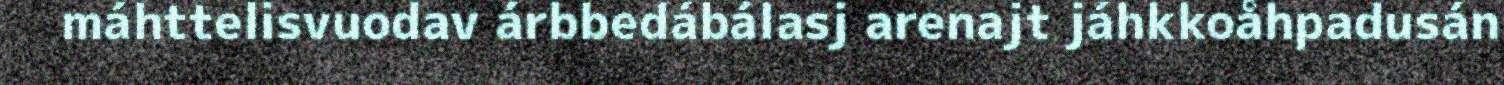
máhttelisvuodav árbbedábálasj arenajt jáhkkoåhpadusán